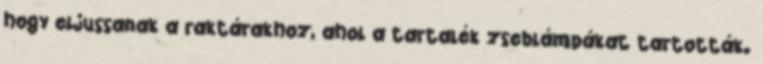
hogy eljussanak a raktárakhoz, ahol a tartalék zseblámpákat tartották.